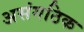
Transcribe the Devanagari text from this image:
असंगठिक